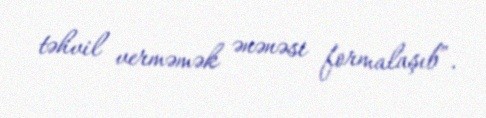
təhvil verməmək ənənəsi formalaşıb”.